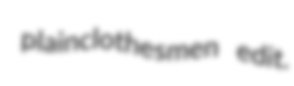
plainclothesmen edit.